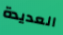
العديدة